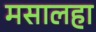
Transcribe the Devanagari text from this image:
मसालहा